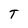
Character: T